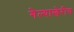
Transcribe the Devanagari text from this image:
गेल्याखेरीच